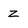
Character: z